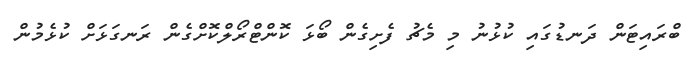
ބްރައިޓަން ދަނޑުގައި ކުޅުނު މި މެޗު ފެށިގެން ބޯޅަ ކޮންޓްރޯލްކޮށްގެން ރަނގަޅަށް ކުޅެމުން